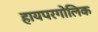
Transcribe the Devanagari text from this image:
हायपरगोलिक